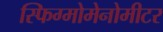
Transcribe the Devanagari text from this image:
स्फिग्मोमेनोमीटर